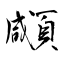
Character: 顑